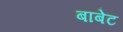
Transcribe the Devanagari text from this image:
बाबेट